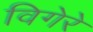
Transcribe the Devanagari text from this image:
विगेरे